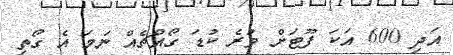
އަދި 600 އަކަ ފޫޓަށް ވުރެ ކުޑަ ގޯއްޗެއް ނަމަ އެ ގޯތި